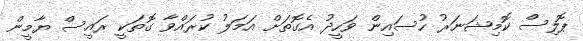
ޕޮލިސް ކޮމިޝަނަރު ހުސައިން ވަހީދު އެގޮތަށް އަމަލު ކުރައްވާ ގޮތަކީ ރައީސް ޔާމީން